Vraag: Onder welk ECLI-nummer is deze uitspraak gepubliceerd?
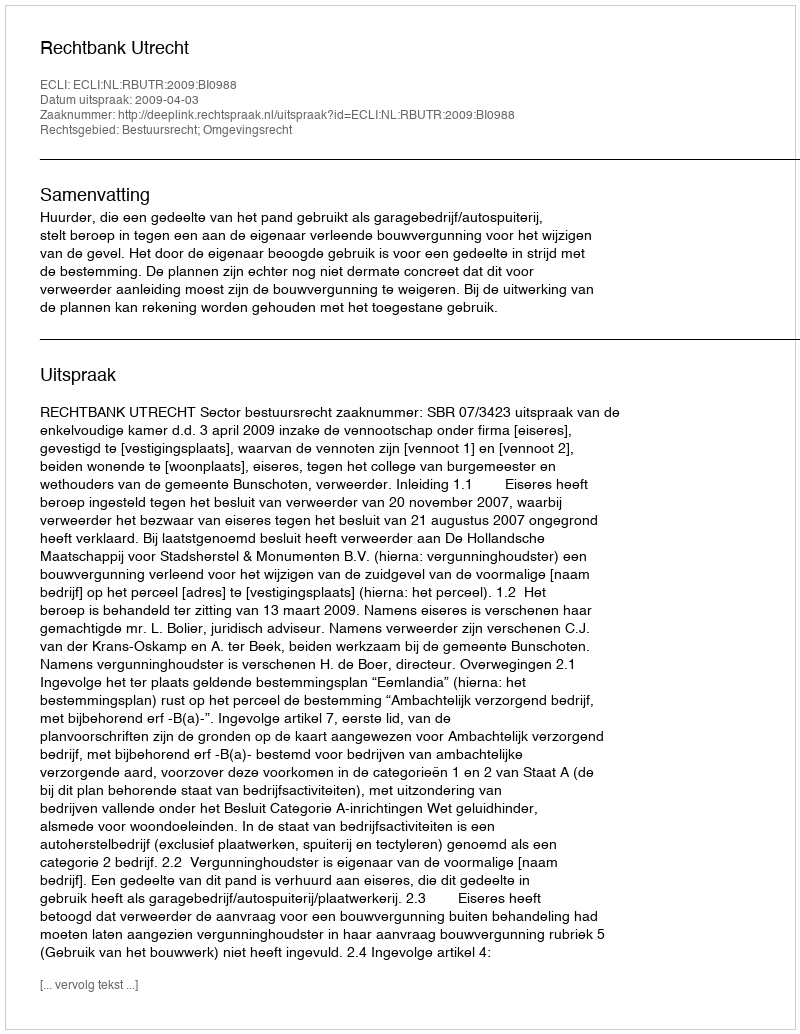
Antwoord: ECLI:NL:RBUTR:2009:BI0988